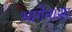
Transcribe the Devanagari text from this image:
भागेनासा